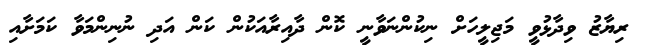
ރިޔާޒު ވިދާޅުވީ މަޖިލީހަށް ނިކުންނަވާނީ ކޮން ދާއިރާއަކުން ކަން އަދި ނުނިންމަވާ ކަމަށާއި